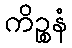
ကိဉ္စနံ